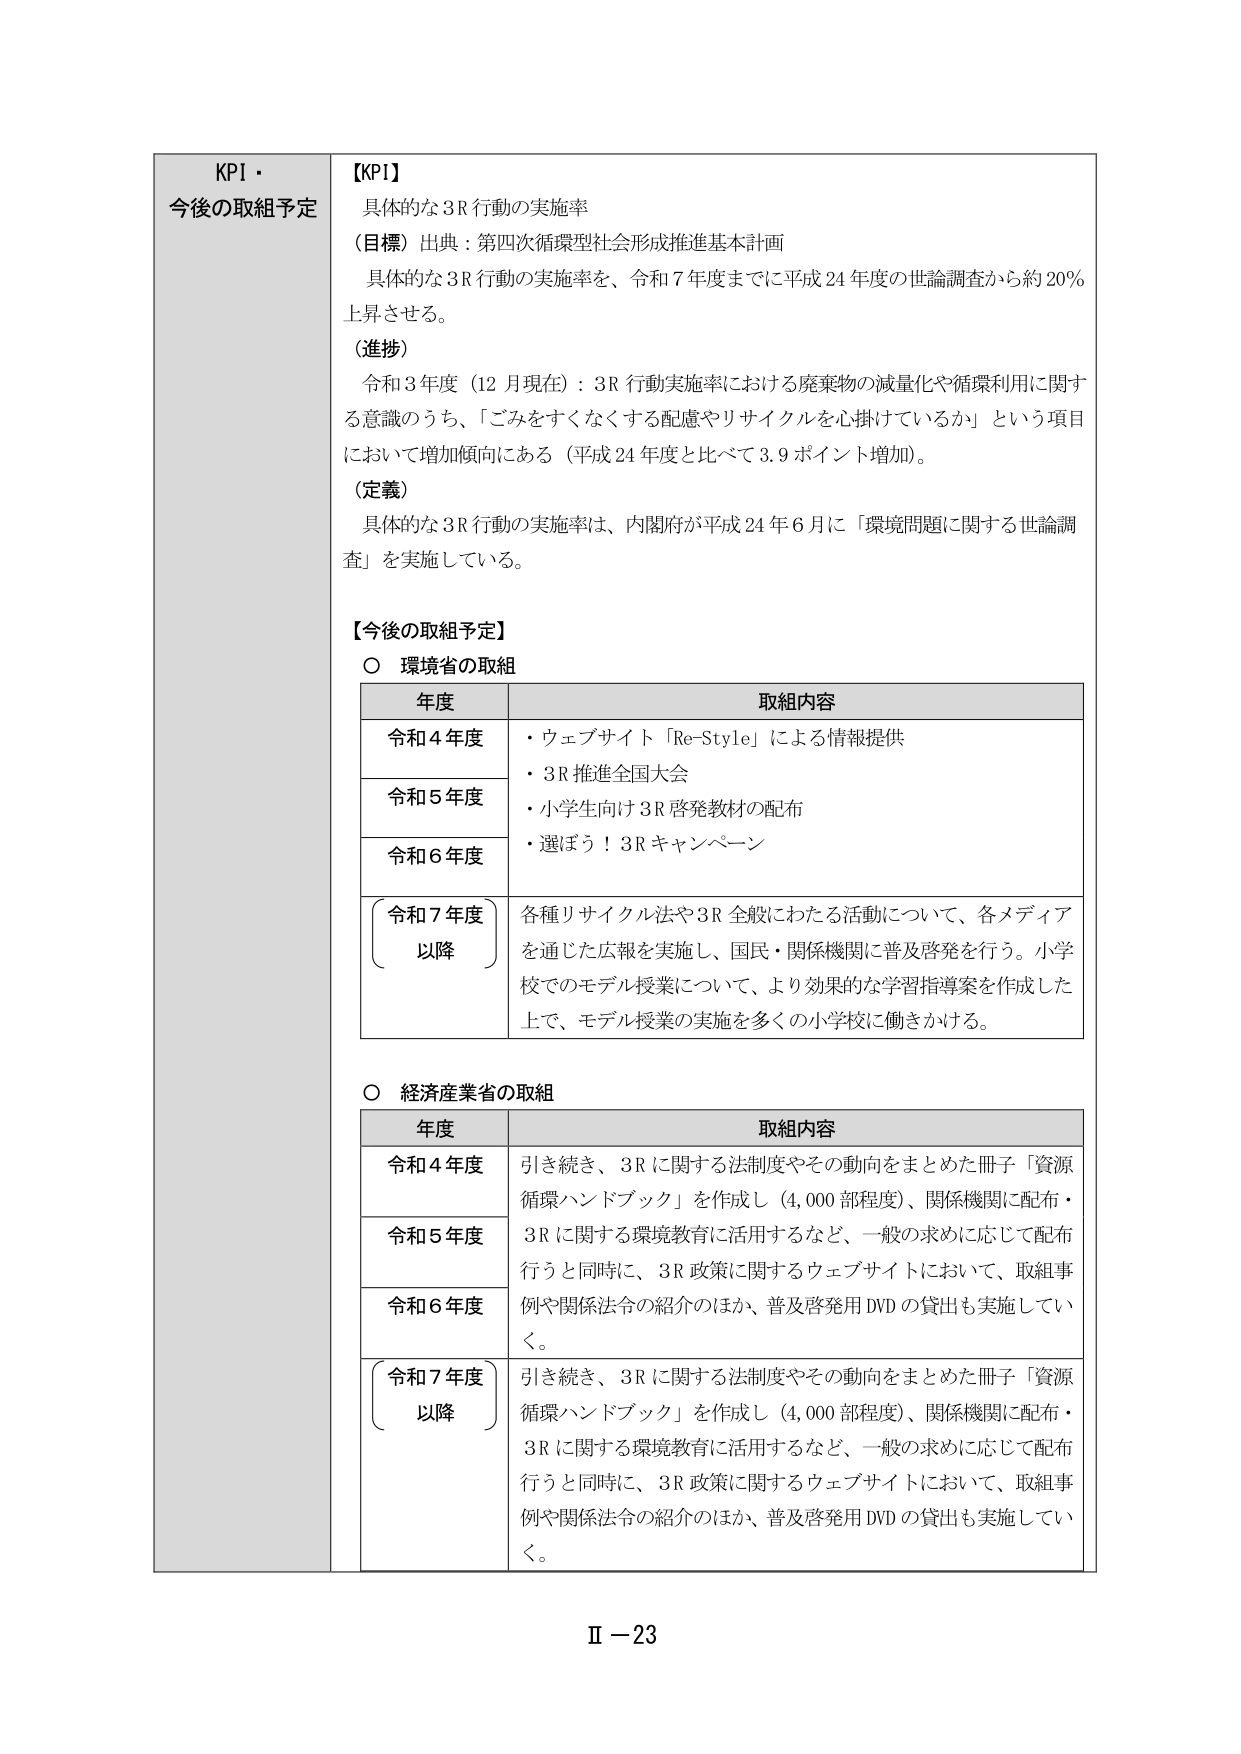
KPI・
今後の取組予定

【KPI】
具体的な3R行動の実施率
（目標）出典：第四次循環型社会形成推進基本計画
具体的な3R行動の実施率を、令和7年度までに平成24年度の世論調査から約20％
上昇させる。
（進捗）
令和3年度（12月現在）：3R行動実施率における廃棄物の減量化や循環利用に関する
意識のうち、「ごみをすくなくする配慮やリサイクルを心掛けているか」という項目
において増加傾向にある（平成24年度と比べて3.9ポイント増加）。
（定義）
具体的な3R行動の実施率は、内閣府が平成24年6月に「環境問題に関する世論調
査」を実施している。

【今後の取組予定】
○ 環境省の取組
年度 取組内容
令和4年度 ・ウェブサイト「Re-Style」による情報提供
・3R推進全国大会
令和5年度 ・小学生向け3R啓発教材の配布
令和6年度 ・選ぼう！3Rキャンペーン
（令和7年度） 各種リサイクル法や3R全般にわたる活動について、各メディア
以降 を通じた広報を実施し、国民・関係機関に普及啓発を行う。小学校でのモデル授業について、より効果的な学習指導案を作成した
上で、モデル授業の実施を多くの小学校に働きかける。

○ 経済産業省の取組
年度 取組内容
令和4年度 引き続き、3Rに関する法制度やその動向をまとめた冊子「資源
循環ハンドブック」を作成し（4,000部程度）、関係機関に配布・
令和5年度 3Rに関する環境教育に活用するなど、一般の求めに応じて配布
行うと同時に、3R政策に関するウェブサイトにおいて、取組事
令和6年度 例や関係法令の紹介のほか、普及啓発用DVDの貸出も実施してい
く。
（令和7年度） 引き続き、3Rに関する法制度やその動向をまとめた冊子「資源
以降 循環ハンドブック」を作成し（4,000部程度）、関係機関に配布・
3Rに関する環境教育に活用するなど、一般の求めに応じて配布
行うと同時に、3R政策に関するウェブサイトにおいて、取組事
例や関係法令の紹介のほか、普及啓発用DVDの貸出も実施してい
く。

Ⅱ－23